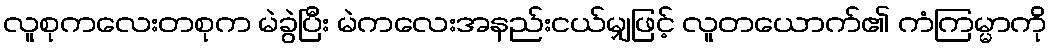
လူစုကလေးတစုက မဲခွဲပြီး မဲကလေးအနည်းငယ်မျှဖြင့် လူတယောက်၏ ကံကြမ္မာကို